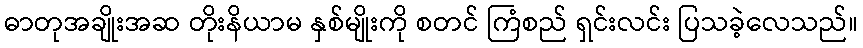
ဓာတုအချိုးအဆ တိုးနိယာမ နှစ်မျိုးကို စတင် ကြံစည် ရှင်းလင်း ပြသခဲ့လေသည်။